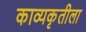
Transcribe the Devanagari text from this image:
काव्यकृतीला